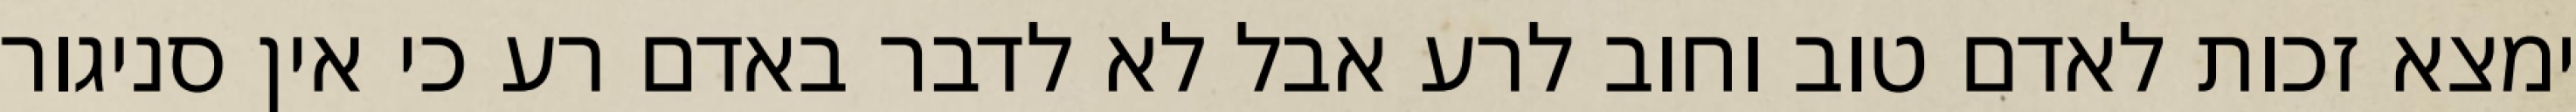
ימצא זכות לאדם טוב וחוב לרע אבל לא לדבר באדם רע כי אין סניגור